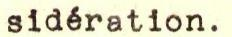
sidération.